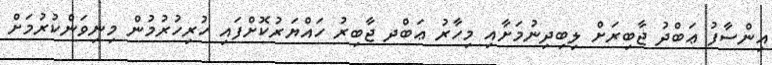
އިންސާފު ޢަބްދު ޖާބިރަށް ލިބިދިނުމަށާއި މިހާރު ޢަބްދ ޖާބިރު ހައްޔަރުކޮށްފައި ހުރިހުރުމުން މިނިވަންކުރުމަށް